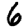
Digit: 6